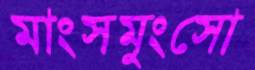
মাংসমুংসো